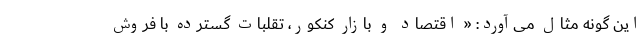
این گونه مثال می‌آورد: « اقتصاد و بازار کنکور، تقلبات گسترده با فروش